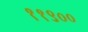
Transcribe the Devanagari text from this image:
११९००